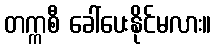
တက္ကစီ ခေါ်ပေးနိုင်မလား။